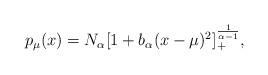
LaTeX: \begin{align*}p_\mu (x) = N_{\alpha} [1 +b_\alpha(x -\mu)^2]^{\frac{1}{\alpha -1}}_+ ,\end{align*}